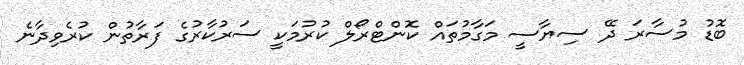
ބޮޑު މުސާރަ ދޭ ސިޔާސީ މަގާމުތައް ކޮންޓްރޯލް ކުރުމަކީ ސަރުކާރުގެ ފަރާތުން ކުރެވިދާނެ